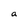
Character: a